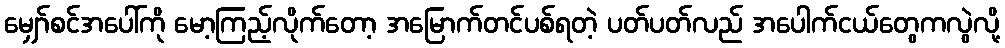
မျှော်စင်အပေါ်ကို မော့ကြည့်လိုက်တော့ အမြောက်တင်ပစ်ရတဲ့ ပတ်ပတ်လည် အပေါက်ငယ်တွေကလွဲလို့